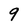
Character: 9